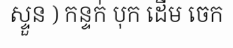
ស្ទួន ) កន្ទក់ បុក ដើម ចេក